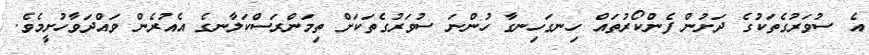
އެ ސުވަރުގެތަކުގެ ދަށުން ފެންކޯރުތައް ހިނގަހިނގާ ހުންނަ ސުވަރުގެތަކަށް ތިމަންރަސްކަލާނގެ އެއުރެން ވައްދަވާހުށީމެވެ.